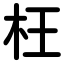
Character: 枉